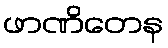
ဖာဏိတေန